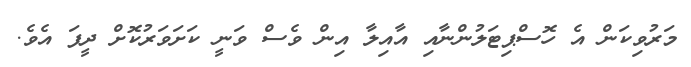
މަރުވިކަން އެ ހޮސްޕިޓަލުންނާއި އާއިލާ އިން ވެސް ވަނީ ކަށަވަރުކޮށް ދީފަ އެވެ.